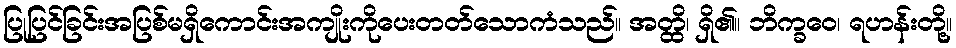
ပြုပြင်ခြင်းအပြစ်မရှိကောင်းအကျိုးကိုပေးတတ်သောကံသည်။ အတ္ထိ၊ ရှိ၏။ ဘိက္ခဝေ၊ ရဟန်းတို့။